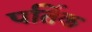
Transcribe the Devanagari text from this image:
पर्तिक